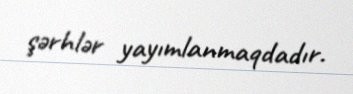
şərhlər yayımlanmaqdadır.